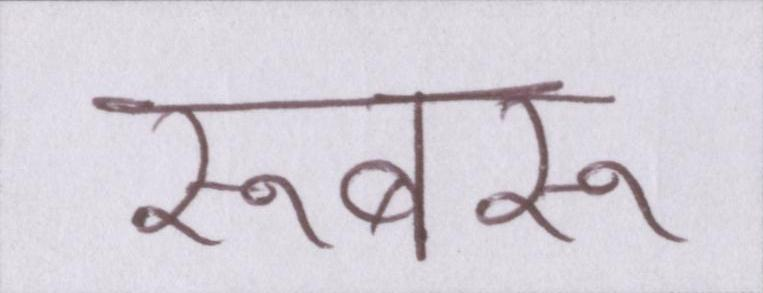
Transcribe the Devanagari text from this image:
रूबरू